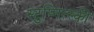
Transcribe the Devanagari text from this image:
स्टुप्नित्स्की